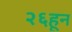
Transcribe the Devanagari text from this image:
२६हून